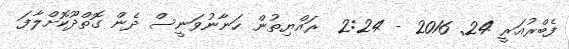
ފެބްރުއަރީ 24